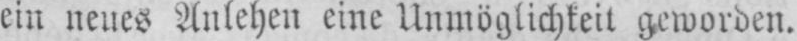
ein neues Anlehen eine Unmöglichkeit geworden.